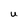
Character: U